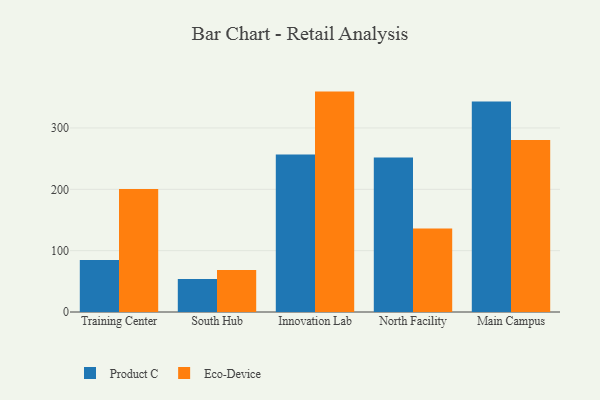
{"axis": {"x": "Campus", "y": "Inventory Turnover"}, "legend": ["Eco-Device", "Product C"], "data": [{"x": "Training Center", "y": 84.6, "type": "Product C"}, {"x": "Training Center", "y": 200.7, "type": "Eco-Device"}, {"x": "South Hub", "y": 54.0, "type": "Product C"}, {"x": "South Hub", "y": 68.3, "type": "Eco-Device"}, {"x": "Innovation Lab", "y": 256.7, "type": "Product C"}, {"x": "Innovation Lab", "y": 359.3, "type": "Eco-Device"}, {"x": "North Facility", "y": 251.7, "type": "Product C"}, {"x": "North Facility", "y": 136.0, "type": "Eco-Device"}, {"x": "Main Campus", "y": 343.3, "type": "Product C"}, {"x": "Main Campus", "y": 280.3, "type": "Eco-Device"}]}